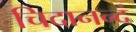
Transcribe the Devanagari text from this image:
चिदानन्दं